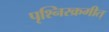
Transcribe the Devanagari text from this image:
पृश्निरक्रमीत्